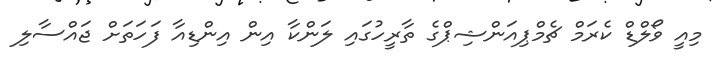
މިއީ ވޯލްޑް ކެރަމް ޗެމްޕިއަންޝިޕްގެ ތާރީހުގައި ލަންކާ އިން އިންޑިއާ ފަހަތަށް ޖައްސާލި